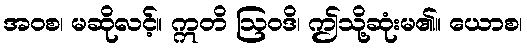
အဝစ၊ မဆိုလင့်။ ဣတိ ဩဝဒိ၊ ဤသို့ဆုံးမ၏။ ယောစ၊